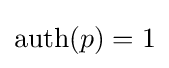
\mathrm {auth} (p)=1